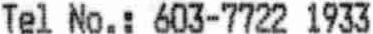
TEL NO.: 603-7722 1933